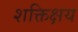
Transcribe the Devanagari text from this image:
शक्तिक्षय